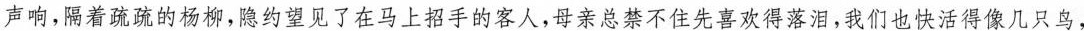
声响，隔着疏疏的杨柳,隐约望见了在马上招手的客人,母亲总禁不住先喜欢得落泪,我们也快活得像几只鸟，